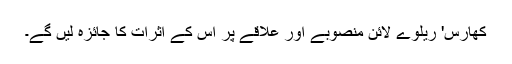
کھارس' ریلوے لائن منصوبے اور علاقے پر اس کے اثرات کا جائزہ لیں گے۔